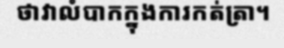
ថាវាលំបាកក្នុងការកត់ត្រា។